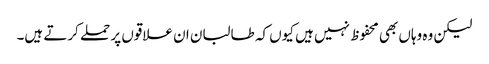
لیکن وہ وہاں بھی محفوظ نہیں ہیں کیوں کہ طالبان ان علاقوں پر حملے کرتے ہیں۔